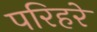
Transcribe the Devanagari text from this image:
परिहरे